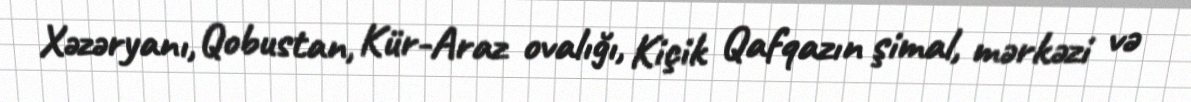
Xəzəryanı, Qobustan, Kür-Araz ovalığı, Kiçik Qafqazın şimal, mərkəzi və